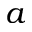
a